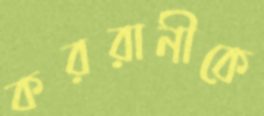
কররানীকে